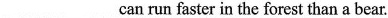
___ ___can run faster in the forest than a bear.